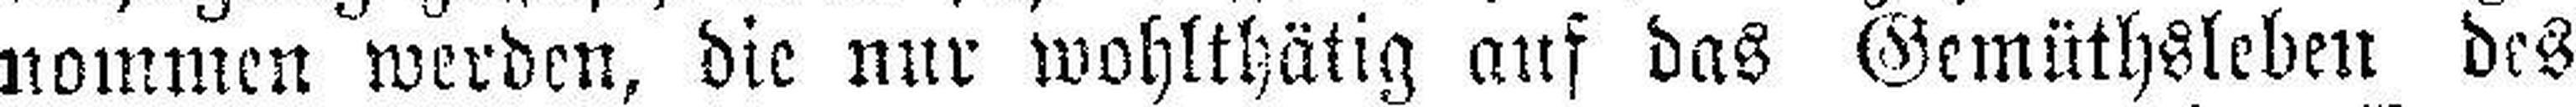
nommen werden, die nur wohlthätig auf das Gemüthsleben des